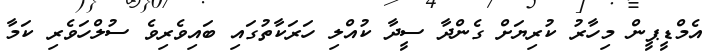
އެމްޑީޕީން މިހާރު ކުރިޔަށް ގެންދާ ސީދާ ކުއްލި ހަރަކާތުގައި ބައިވެރިވެ ސުލްހަވެރި ކަމާ